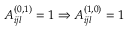
A _ { i j l } ^ { ( 0 , 1 ) } = 1 \Rightarrow A _ { i j l } ^ { ( 1 , 0 ) } = 1